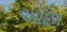
ઓછા